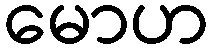
မောဟ